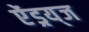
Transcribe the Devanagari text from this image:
ऐंड्रय्‌ज